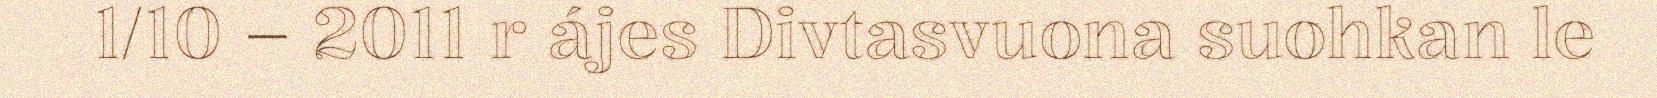
1/10 – 2011 r ájes Divtasvuona suohkan le